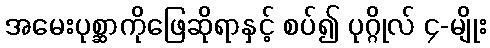
အမေးပုစ္ဆာကိုဖြေဆိုရာနှင့် စပ်၍ ပုဂ္ဂိုလ် ၄-မျိုး